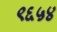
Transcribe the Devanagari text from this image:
९६५४